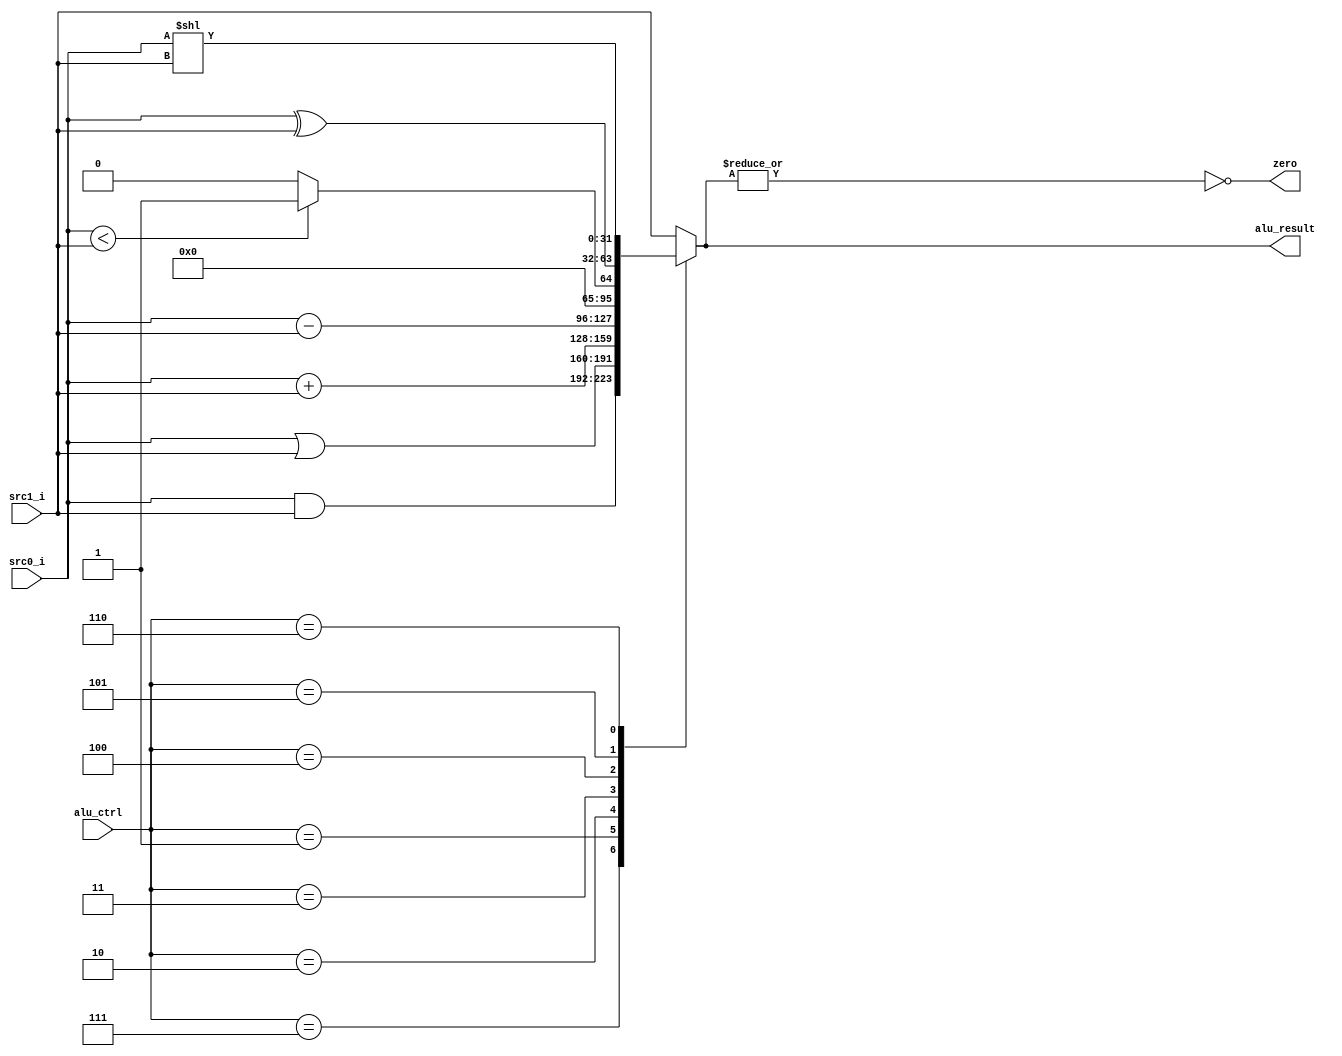
`timescale 1ns/1ps

module ALU(
    input signed [31:0] src0_i,
    input signed [31:0] src1_i,
    input [3:0] alu_ctrl,
    output reg [31:0] alu_result,
    output reg zero
);
 
    always@(*)begin
        zero = ~(|alu_result) ; 
        case(alu_ctrl)
            4'b0111: alu_result = src0_i & src1_i ; // src0 bitwise and src1
            4'b0001: alu_result = src0_i | src1_i ; // src0 bitwise or src1
            4'b0010: alu_result = src0_i + src1_i ; // src0 add src1
            4'b0011: alu_result = src0_i - src1_i ; // src0 substract src1
            4'b0100: begin // src0 < src1 or not
                if(src0_i < src1_i)begin
                    alu_result = {{31{1'b0}} , 1'b1} ;
                end
                else begin
                    alu_result = {{31{1'b0}} , 1'b0} ;
                end
            end
            4'b0101: alu_result = src0_i ^ src1_i ; // src0 bitwise xor src1
            4'b0110: alu_result = src0_i << src1_i ; // src0 shift left src1 bits, it's logical shift but not arithmetic shift
            default: alu_result = src1_i ; 
        endcase
    end

endmodule